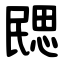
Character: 㥸